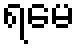
ရမေ